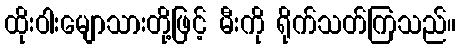
ထိုးဝါးမျောသားတို့ဖြင့် မီးကို ရိုက်သတ်ကြသည်။